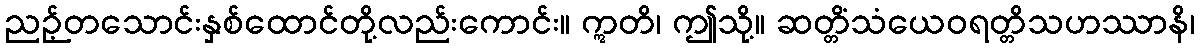
ညဉ့်တသောင်းနှစ်ထောင်တို့လည်းကောင်း။ ဣတိ၊ ဤသို့။ ဆတ္တိံသံယေဝရတ္တိသဟဿာနိ၊